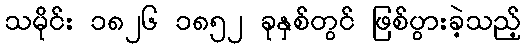
သမိုင်း ၁၈၂၆ ၁၈၅၂ ခုနှစ်တွင် ဖြစ်ပွားခဲ့သည့်